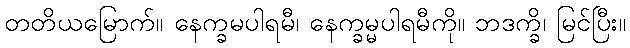
တတိယမြောက်။ နေက္ခမပါရမီ၊ နေက္ခမ္မပါရမီကို။ ဘဒက္ခိ၊ မြင်ပြီး။